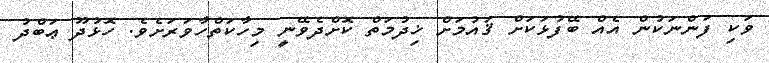
ވަކި ފަންނަކުން އެއް ބޭފުޅަކަށް ޤައުމަށް ޚިދުމަތް ކޮށްދެވޭނީ މިހާކަތްހާވަރަށެވެ. ހޮޅުދޫ ޢަބްދު